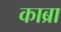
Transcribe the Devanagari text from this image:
काब्रा